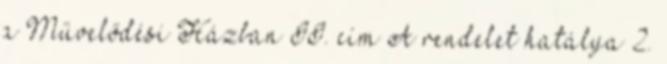
a Művelődési Házban II. cím A rendelet hatálya 2.